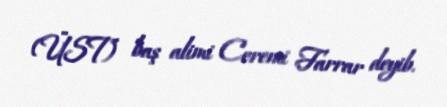
(ÜST) baş alimi Ceremi Farrar deyib.